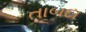
તાબદા